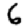
Digit: 6